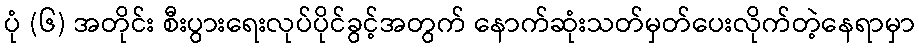
ပုံ (၆) အတိုင်း စီးပွားရေးလုပ်ပိုင်ခွင့်အတွက် နောက်ဆုံးသတ်မှတ်ပေးလိုက်တဲ့နေရာမှာ